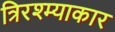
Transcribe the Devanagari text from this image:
त्रिरश्म्याकार